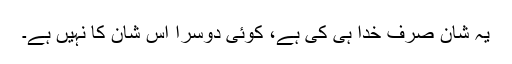
یہ شان صرف خدا ہی کی ہے، کوئی دوسرا اس شان کا نہیں ہے۔